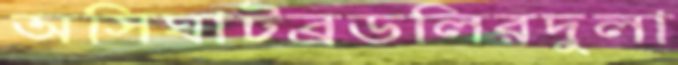
অসিঘাটব্রডলিরদুলা